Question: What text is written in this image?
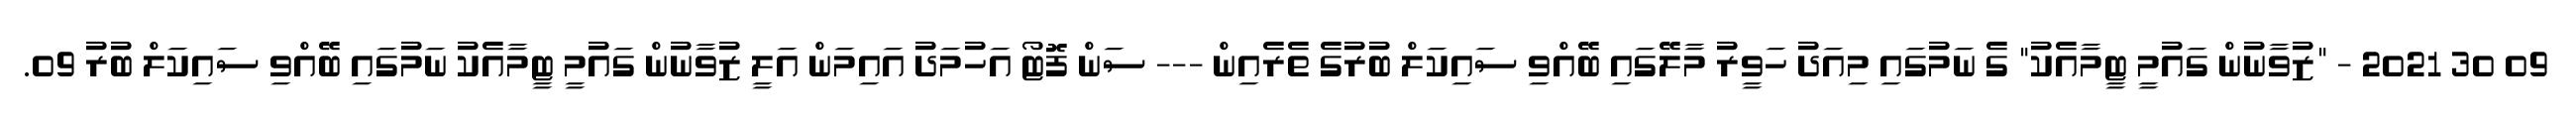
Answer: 09 30 2021 - "ޒުވާނުން ގައުމީ ޓީމާއެކު" ގެ ނަމުގައި މިއަދު ހަވީރު މާލޭގައި ބޭއްވި ސައިކަލް ބުރުގެ ތެރެއިން --- ސަން ފޮޓޯ އަހުމަދު އައިމަން އަލީ ޒުވާނުން ގައުމީ ޓީމާއެކު ނަމުގައި ބޭއްވި ސައިކަލް ބުރު 09.